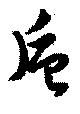
巵